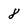
Character: 8